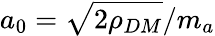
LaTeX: a_{0}=\sqrt{2\rho_{DM}}/m_{a}